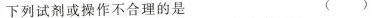
下列试剂或操作不合理的是 ()